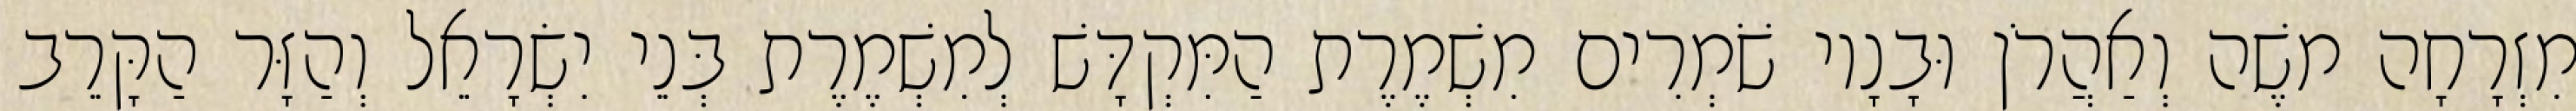
מִזְרָחָה משֶׁה וְאַהֲרֹן וּבָנָיו שֹׁמְרִים מִשְׁמֶרֶת הַמִּקְדָּשׁ לְמִשְׁמֶרֶת בְּנֵי יִשְׂרָאֵל וְהַזָּר הַקָּרֵב